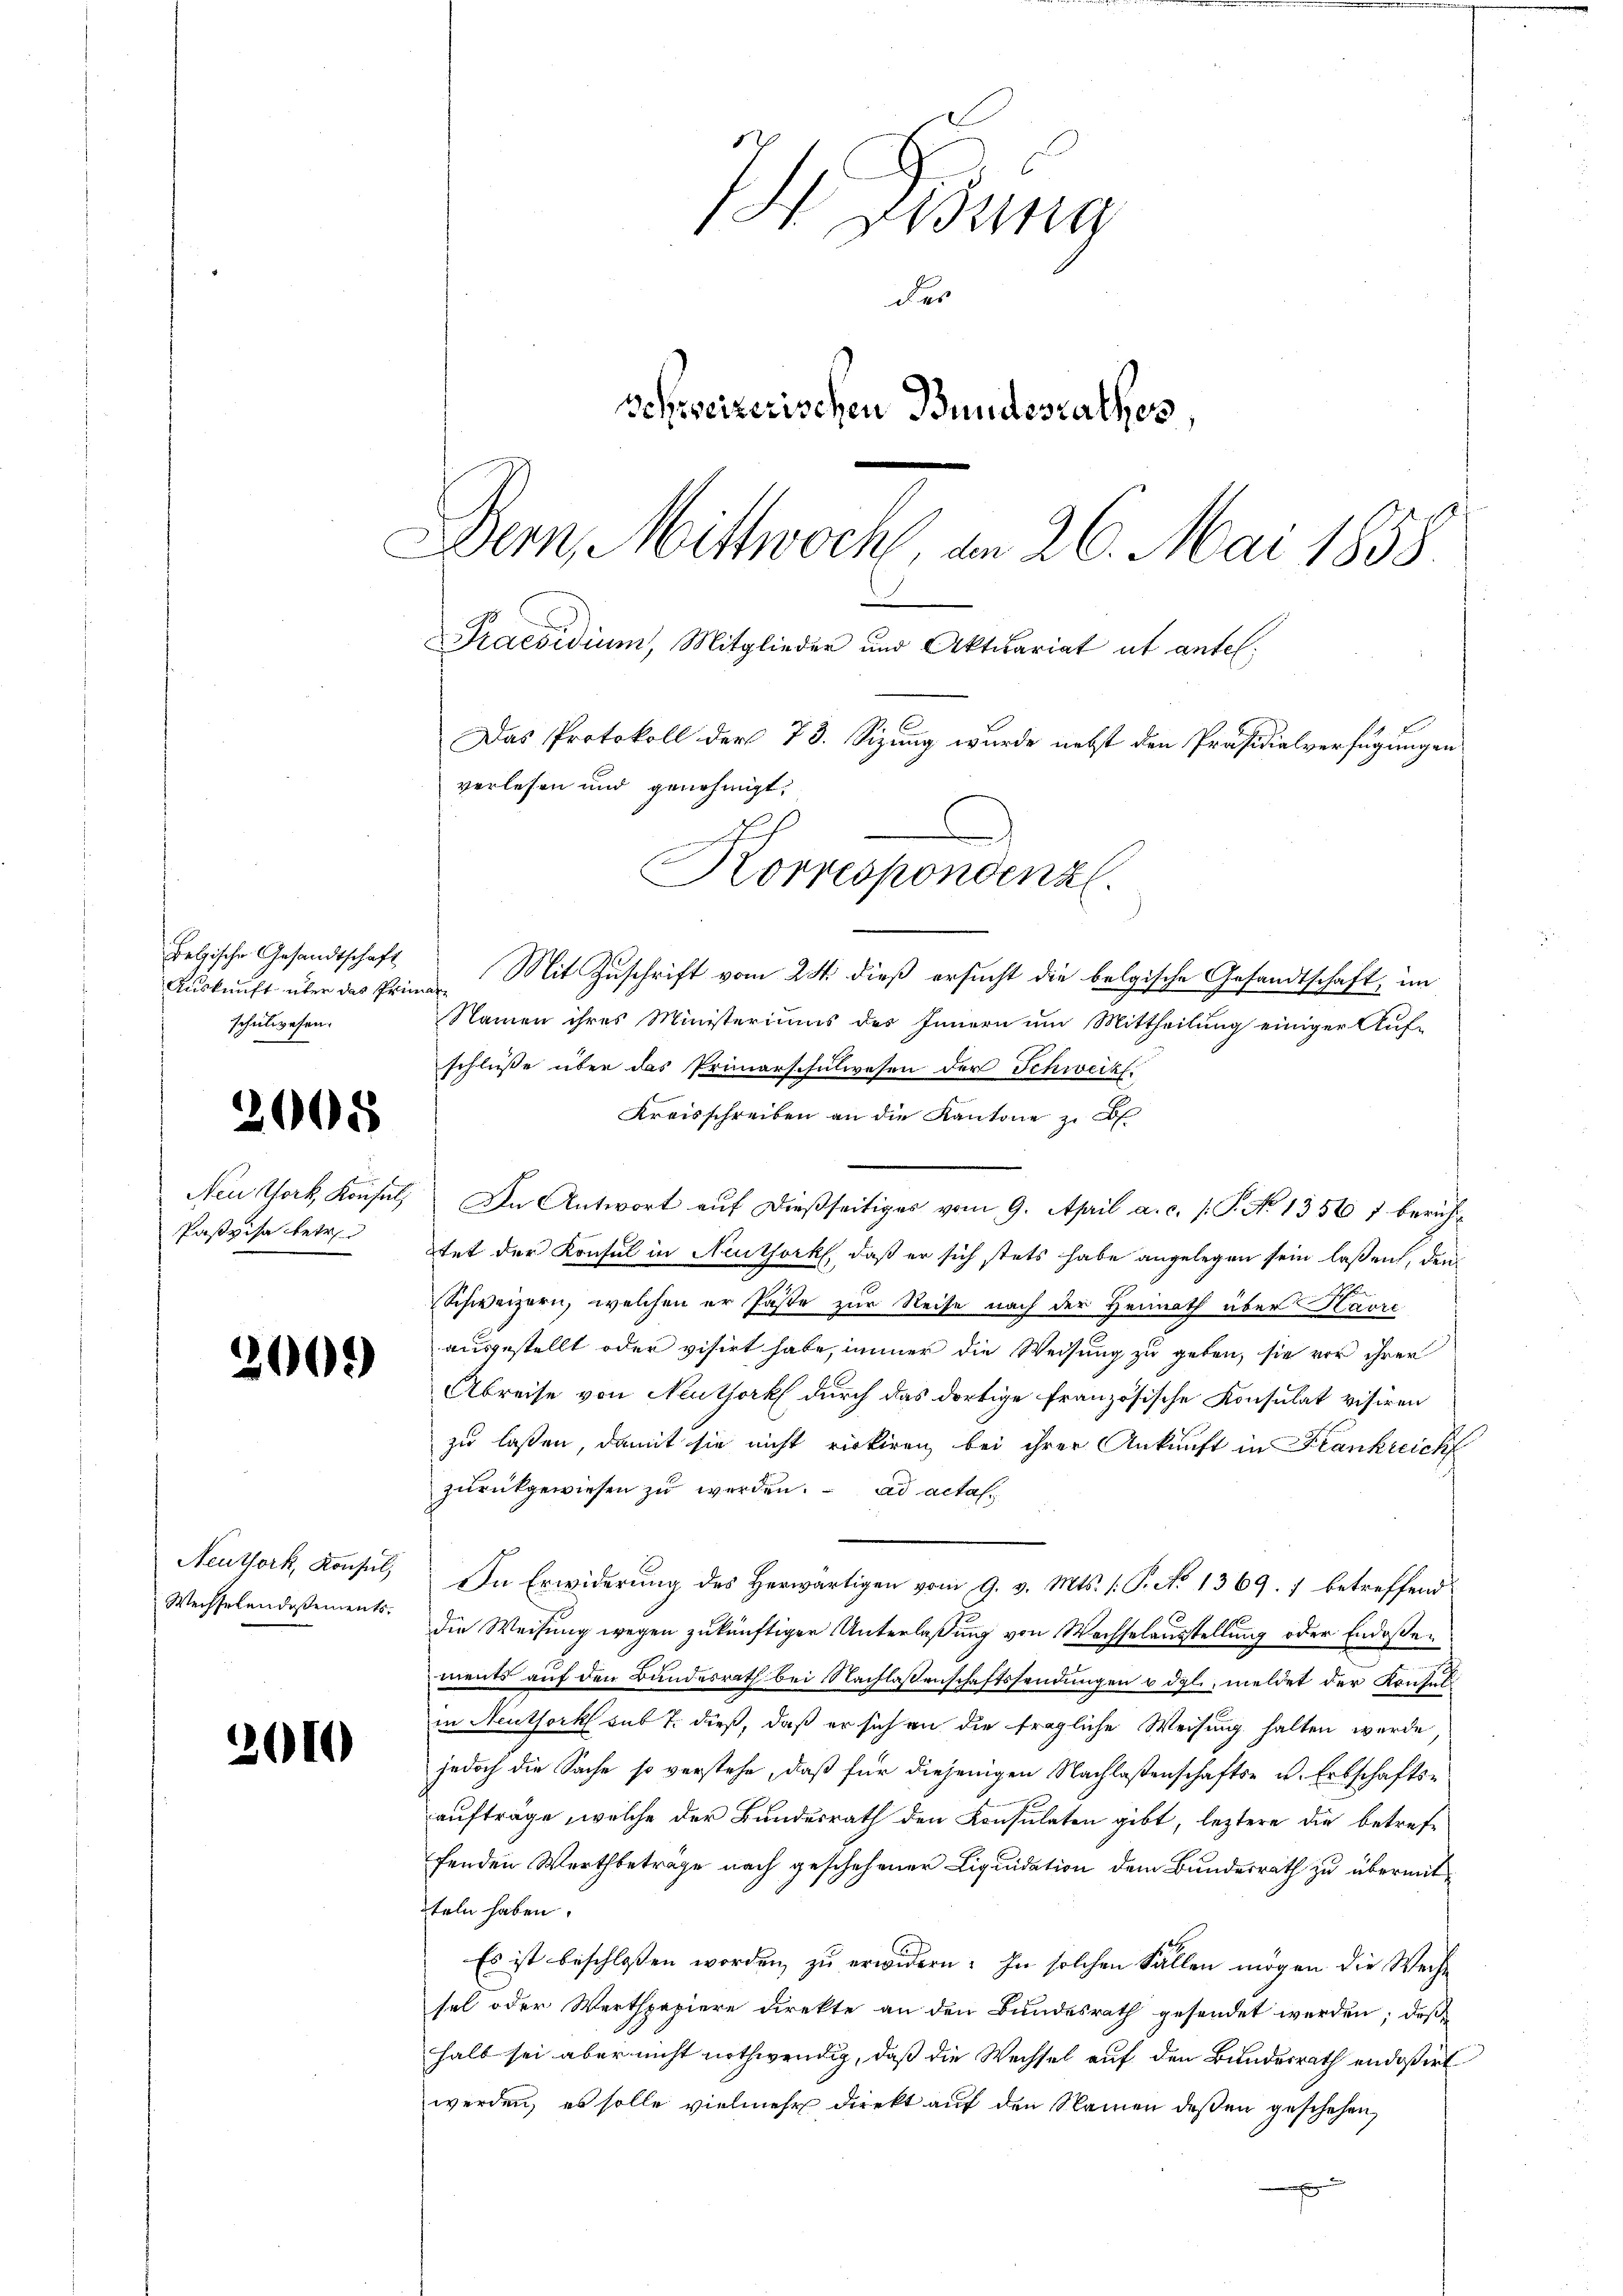
I Lung
der
Schweizerischen Bundesrathes
Dern, Mittwoch, am 26. Mai 1858.
Praesidium, Mitglieder und Aktuariat ut antel.

Das Protokoll der 73. Sizung wurde nebst den Präsidialverfügungen

verlesen und genehmigt.

Korrespondenzl.
Mit Zuschrift vom 24. dieß ersucht die belgische Gesandtschaft, im

naf
Namen ihres Ministerimas des Innern um Mittheilung einiger Auf-
schlüße über das Primarschulwesen der Schweikf.
Kreisschreiben an die Kantone zu d
In Antwort auf dießseitiges vom 9. April a. c. /: P. No 13567 berühtet der Konsul in Neuthork, daß er sich stets habe angelegen sein laßen, den
Schweizern, welchen er Paste zur Reise nach der Heimath über Havre
ausgestellt oder visirt habe, immer die Weisung zu geben, sie vor ihrer
Abreise von Neuthork durch das dortige Französische Konsulat visiren
zu lassen, damit sie nicht rickiren bei ihrer Ankunft in Krankreicht
zurückgewiesen zu werden. ad actah¬
In Erwiderung des Herwärtigen vom 9. v. Mts. (: P. No 1369. 7 betreffend
d
die Weisung wegen zukünftiger Unterlassung von Wechselausstellung oder Endessements auf den Bundesrath bei Nachlassenschaftssendungen u. dgl., meldet der Konsul
in Neuthork sub 7. dieß, daß er sich an die fragliche Weisung halten wurde
jedoch die Sache so verstehe, daß für diejenigen Nachlaßenschafts- u. Erbschaftsauftrage, welche der Bundesrath den Konsulaten gibt, leztere die betreffenden Wertbeträge nach geschehener Liquidation dem Bundesrath zu übermitteln haben.
Es ist beschlossen worden, zu erwidern: In solchen Fällen mögen die Weihe
sel oder Werthpapiere direkte an den Bundesrath gesendet werden; deß-
halb sei aber nicht nothwendig, daß die Wechsel auf den Bundesrath endoßirt
werden, es solle vielmehr direkt auf den Namen deßen geschehen,
s

Belgische Gesandtschaft
Auskunft über das Prin
schulwesen.

2008

Nen Chork, Konsul
Paszisa betre

02)

d

Neuthork, Konsul
Wechselandaßements.

2010